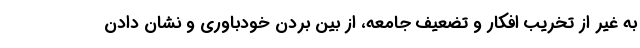
به غیر از تخریب افکار و تضعیف جامعه، از بین بردن خودباوری و نشان دادن